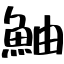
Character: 鮋